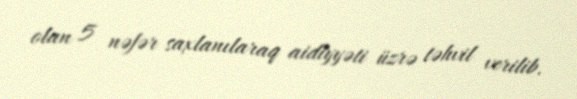
olan 5 nəfər saxlanılaraq aidiyyəti üzrə təhvil verilib.